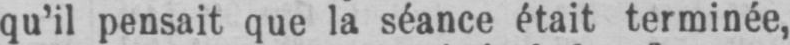
qu’il pensait que la séance était terminée,